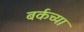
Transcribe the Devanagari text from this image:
बर्कच्या